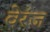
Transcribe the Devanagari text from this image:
वेरंज